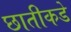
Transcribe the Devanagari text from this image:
छातीकडे